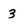
Character: 3